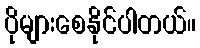
ပိုများစေနိုင်ပါတယ်။